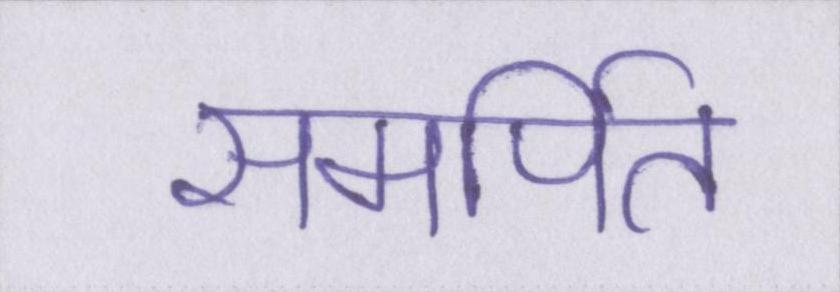
समर्पित